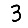
Digit: 3